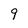
Character: 9